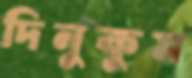
দিনুকুম